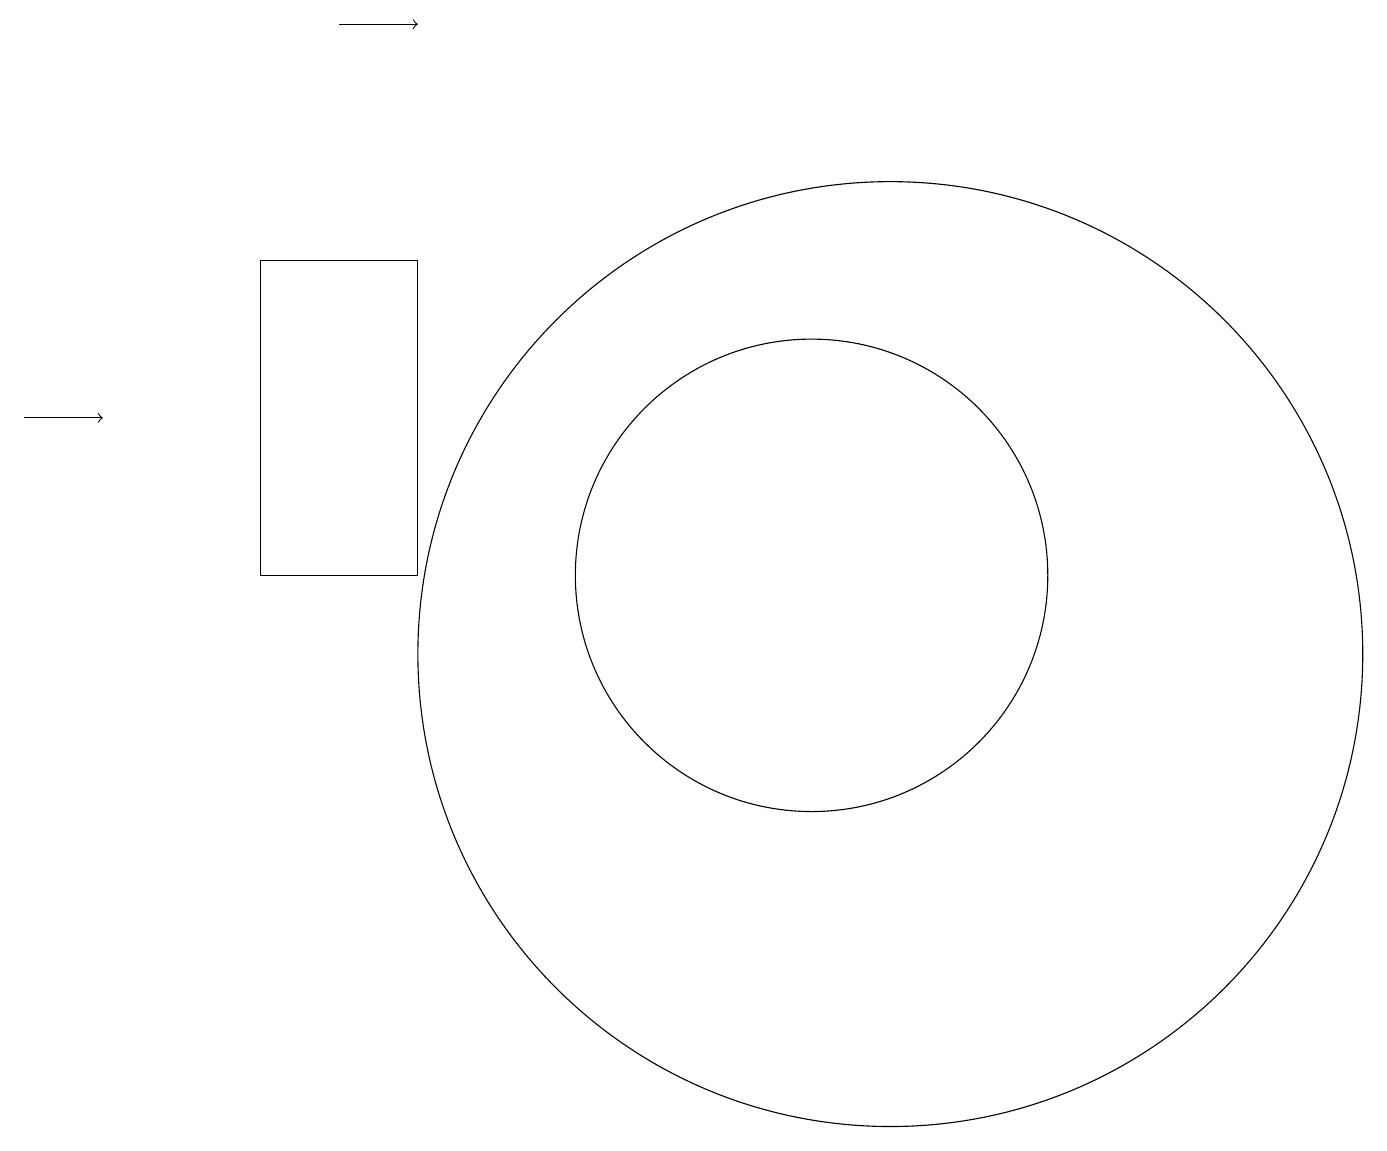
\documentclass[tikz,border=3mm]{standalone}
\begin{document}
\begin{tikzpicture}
\draw (10,12) circle (3);
\draw (5,16) rectangle (3,12);
\draw[->] (4,19) -- (5,19);
\draw (11,11) circle (6);
\draw[->] (0,14) -- (1,14);
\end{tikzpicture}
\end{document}